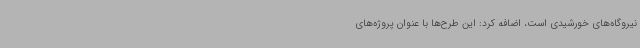
نیروگاه‌های خورشیدی است، اضافه کرد: این طرح‌ها با عنوان پروژه‌های